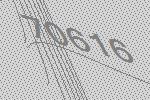
70616